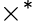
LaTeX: \times^{\ast}